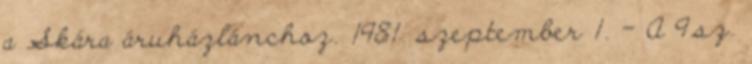
a Skára áruházlánchoz. 1981. szeptember 1. – A 9.sz.